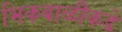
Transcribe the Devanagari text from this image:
भिकबाळीकडे